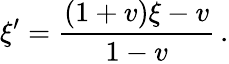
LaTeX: \xi^{\prime}=\frac{\left(1+v\right)\xi-v}{1-v}\, .